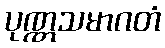
ပုဏ္ဏသမာဂတံ